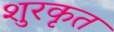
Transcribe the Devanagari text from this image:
शुरकृत